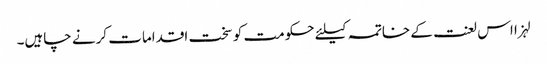
لہزا اس لعنت کے خاتمہ کیلئے حکومت کو سخت اقدامات کرنے چاہیں۔